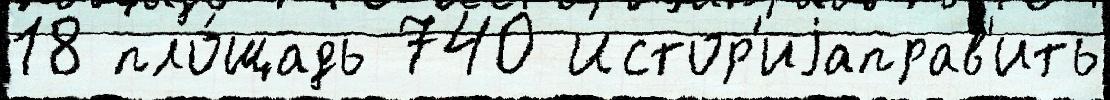
18 пло́щадь 740 Истор'иjаправ'ить